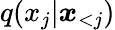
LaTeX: q(x_{j}|\boldsymbol{x}_{<j})